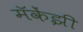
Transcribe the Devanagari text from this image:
मॅकेंझी